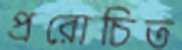
প্ররোচিত